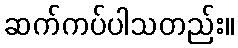
ဆက်ကပ်ပါသတည်း။